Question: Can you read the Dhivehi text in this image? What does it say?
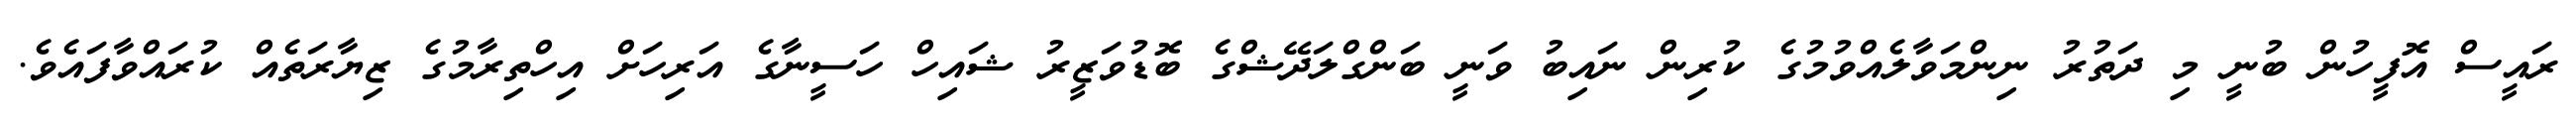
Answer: ރައީސް އޮފީހުން ބުނީ މި ދަތުރު ނިންމަވާލެއްވުމުގެ ކުރިން ނައިބު ވަނީ ބަންގްލަދޭޝްގެ ބޮޑުވަޒީރު ޝައިހް ހަސީނާގެ އަރިހަށް އިހްތިރާމުގެ ޒިޔާރަތެއް ކުރައްވާފައެވެ.